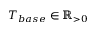
T _ { b a s e } \in \mathbb { R } _ { > 0 }